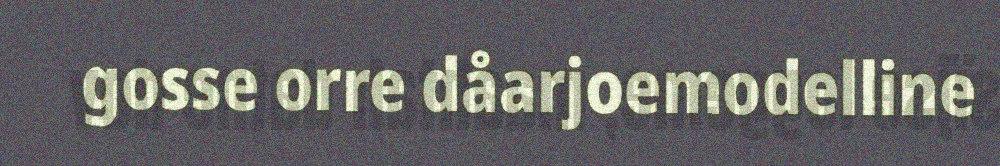
gosse orre dåarjoemodelline